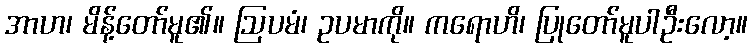
အာဟ၊ မိန့်တော်မူ၏။ ဩပမံ၊ ဥပမာကို။ ကရောဟိ၊ ပြုတော်မူပါဦးလော့။